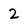
Character: 2